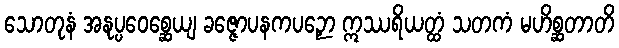
သောတုနံ အနုပ္ပဝေစ္ဆေယျ ခဇ္ဇောပနကပဉှော ဣဿရိယတ္ထံ သတကံ မဟိစ္ဆတာတိ